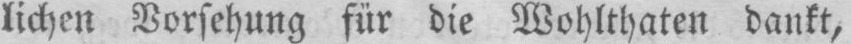
lichen Vorsehung für die Wohlthaten dankt,